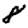
Digit: 8